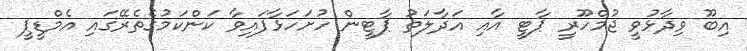
އިބޫ ވިދާޅުވީ ޖުމްހޫރީ ޕާޓީ އާއި އަދާލަތު ޕާޓީން ހުށަހަޅާފައިވާ ކަންކަމުގެތެރޭގައި އެމްޑީޕީ